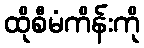
ထိုစီမံကိန်းကို